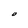
Character: O